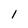
Character: 1